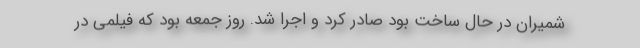
شمیران در حال ساخت بود صادر کرد و اجرا شد. روز جمعه بود که فیلمی در